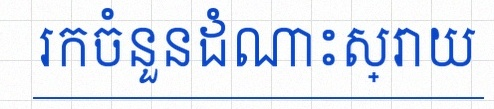
រកចំនួនដំណោះស្រាយ